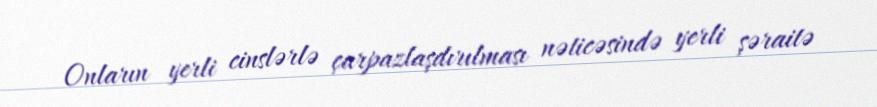
Onların yerli cinslərlə çarpazlaşdırılması nəticəsində yerli şəraitə